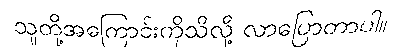
သူတို့အကြောင်းကိုသိလို့ လာပြောတာပါ။